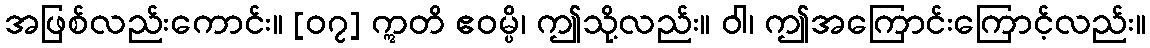
အဖြစ်လည်းကောင်း။ [၀၇] ဣတိ ဧဝမ္ပိ၊ ဤသို့လည်း။ ဝါ၊ ဤအကြောင်းကြောင့်လည်း။